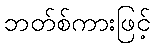
ဘတ်စ်ကားဖြင့်